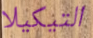
التيكيلا